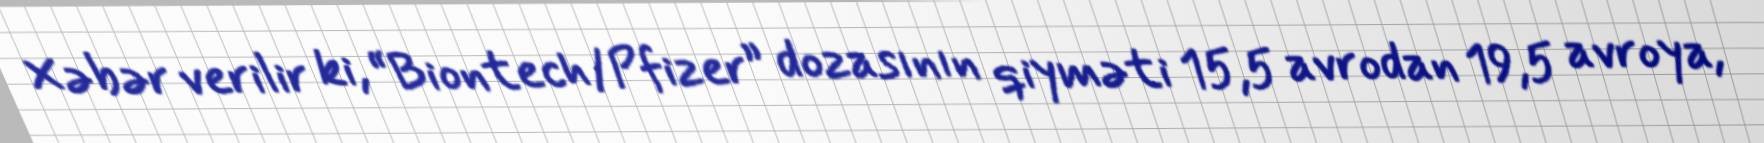
Xəbər verilir ki, “Biontech/Pfizer” dozasının qiyməti 15,5 avrodan 19,5 avroya,